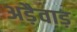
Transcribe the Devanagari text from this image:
अड़ैवाड़